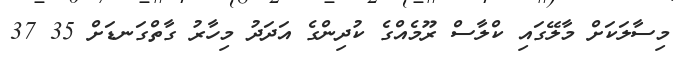
މިސާލަކަށް މާލޭގައި ކްލާސް ރޫމެއްގެ ކުދިންގެ އަދަދު މިހާރު ގާތްގަނޑަށް 35 37